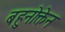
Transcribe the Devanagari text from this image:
बहुनोक्तेन